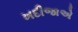
ખદીજાએ